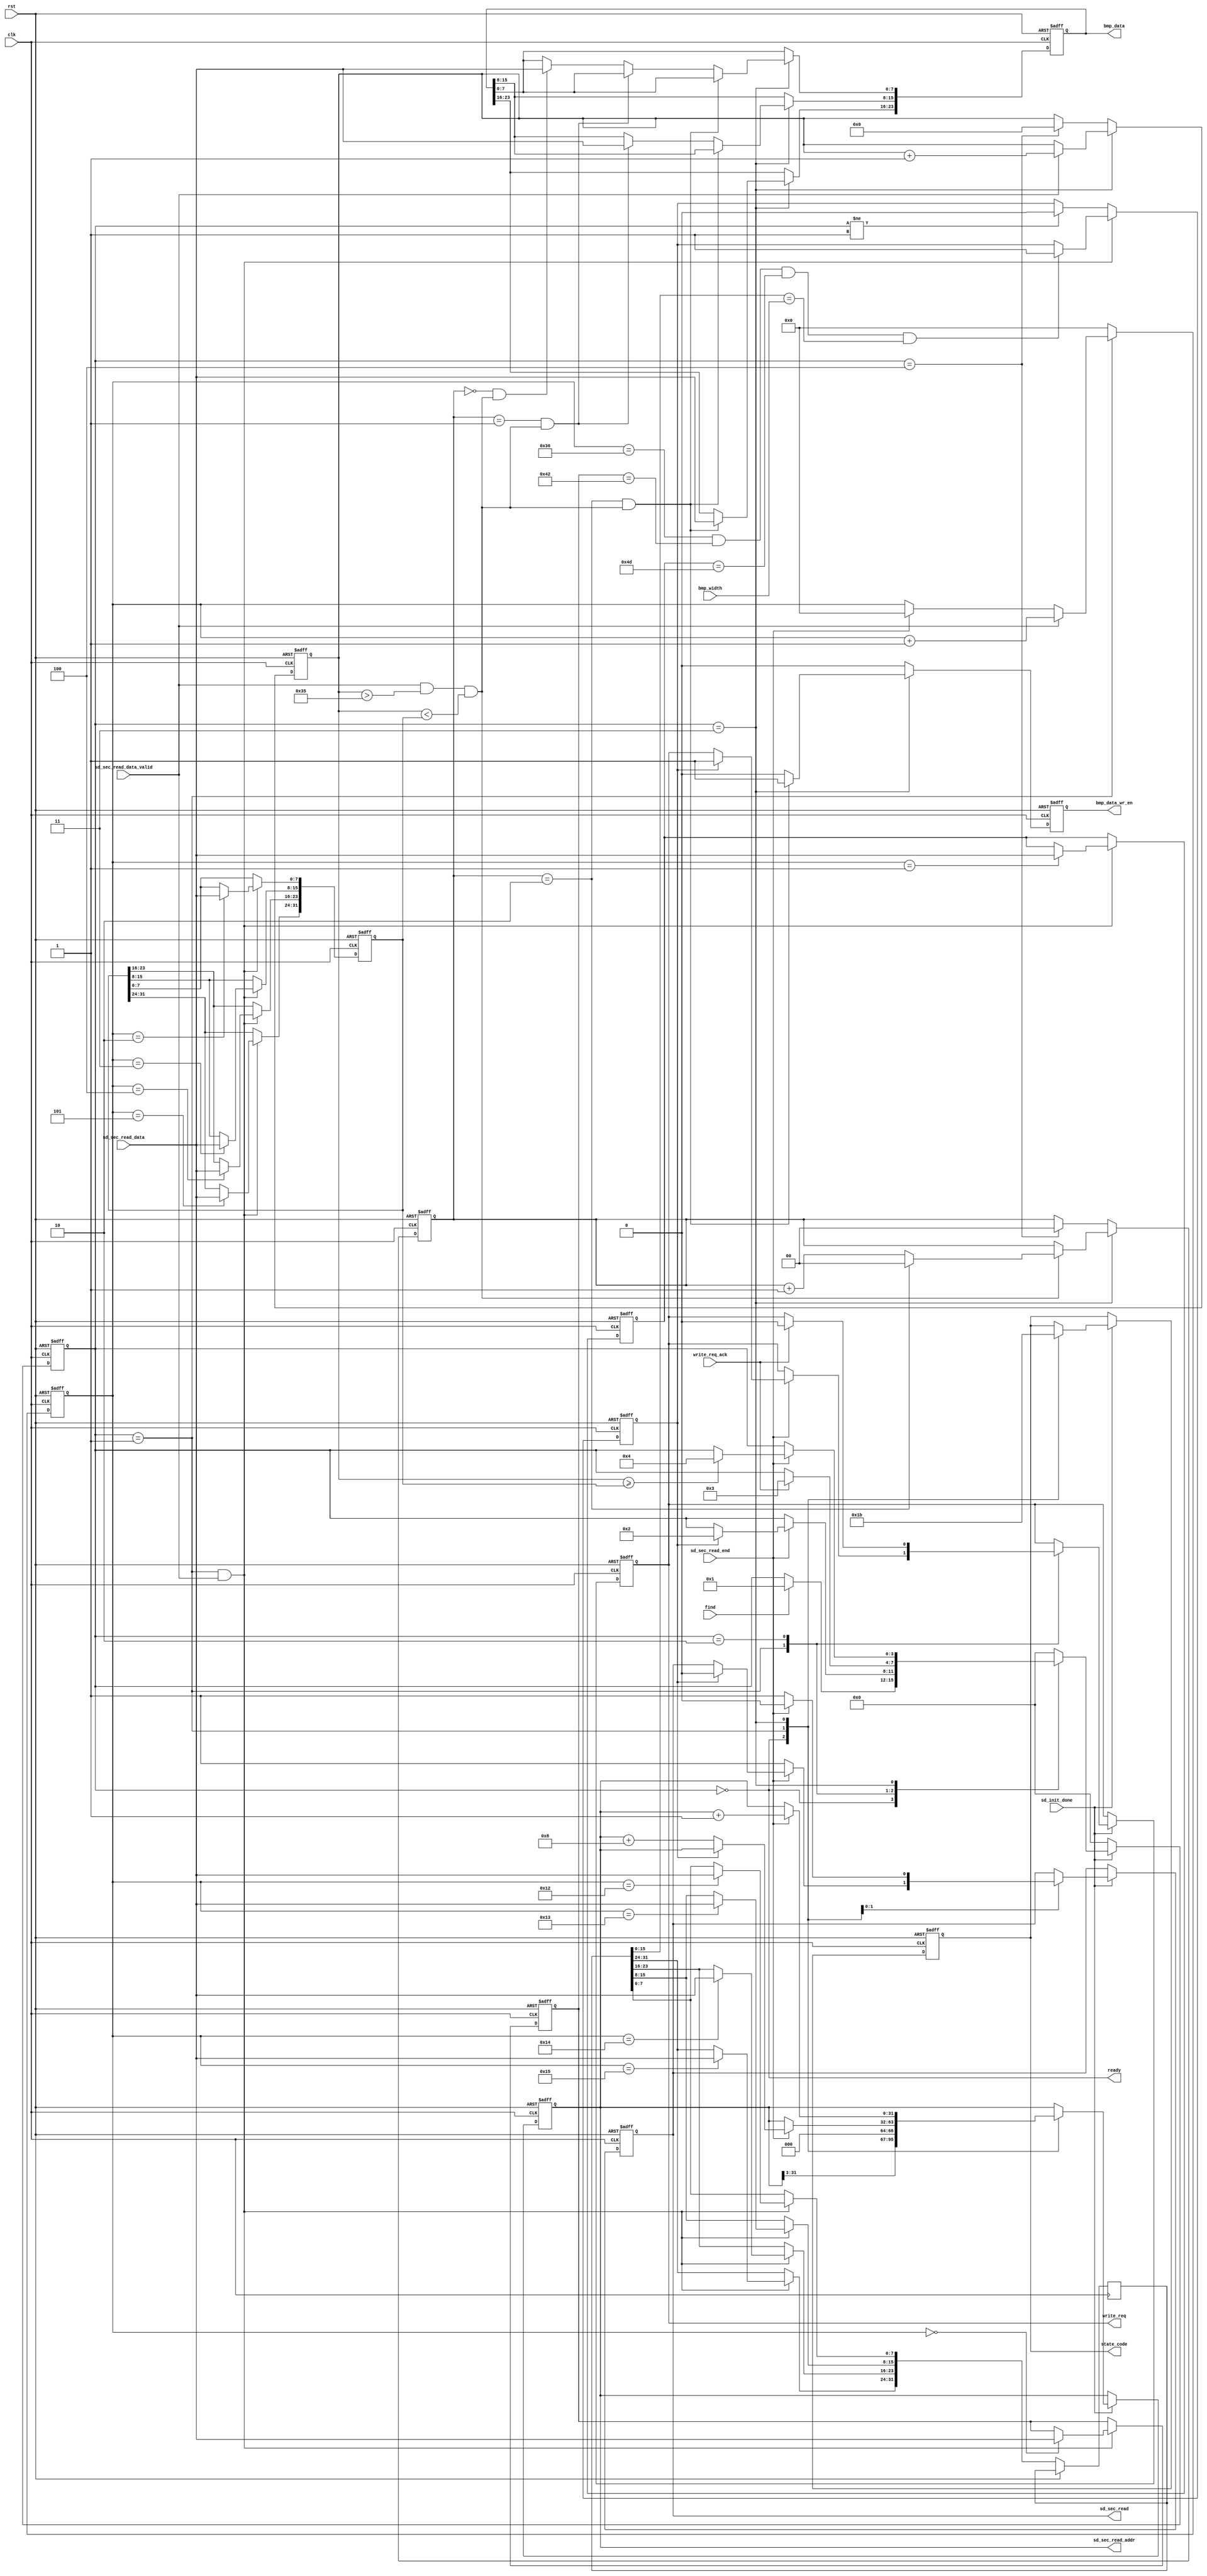
module bmp_read(
	input                       clk,
	input                       rst,
	output                      ready,
	input                       find,
	input                       sd_init_done,                //SD card initialization completed
	output reg[1:0]             state_code,                  //state indication coding,
															 // 0:SD card is initializing,
															 // 1:wait for the button to press
															 // 2:looking for the bmp file
															 // 3:reading
	input[15:0]                 bmp_width,                   //search the width of bmp
	output reg                  write_req,                   //start writing request
	input                       write_req_ack,               //write request response
	output reg                  sd_sec_read,                 //SD card sector read
	output reg[31:0]            sd_sec_read_addr,            //SD card sector read address
	input[7:0]                  sd_sec_read_data,            //SD card sector read data
	input                       sd_sec_read_data_valid,      //SD card sector read data valid
	input                       sd_sec_read_end,             //SD card sector read end
	output reg                  bmp_data_wr_en,              //bmp image data write enable
	output reg[23:0]            bmp_data                     //bmp image data
);
localparam S_IDLE         = 0;
localparam S_FIND         = 1;
localparam S_READ_WAIT    = 2;
localparam S_READ         = 3;
localparam S_END          = 4;

localparam HEADER_SIZE    = 54;

reg[3:0]         state;
reg[9:0]         rd_cnt;                     //sector read length counter
reg[7:0]         header_0;
reg[7:0]         header_1;
reg[31:0]        file_len;
reg[31:0]        width;
reg[31:0]        bmp_len_cnt;                //bmp file length counter
reg              found;
wire             bmp_data_valid;             //bmp image data valid
reg[1:0]         bmp_len_cnt_tmp;            //bmp RGB counter 0 1 2

//remove the first 54 bytes of the bmp
assign bmp_data_valid = (sd_sec_read_data_valid == 1'b1 && bmp_len_cnt > 32'd53 && bmp_len_cnt < file_len);
assign ready = (state == S_IDLE);
always@(posedge clk or posedge rst)
begin
	if(rst == 1'b1)
		rd_cnt <= 10'd0;
	else if(state == S_FIND)
	begin
		if(sd_sec_read_data_valid == 1'b1)
			rd_cnt <= rd_cnt + 10'd1;
		else if(sd_sec_read_end == 1'b1)
			rd_cnt <= 10'd0;
	end
	else
		rd_cnt <= 10'd0;
end

always@(posedge clk or posedge rst)
begin
	if(rst == 1'b1)
	begin
		header_0 <= 8'd0;
		header_1 <= 8'd0;
		file_len <= 32'd0;
		found <= 1'b0;
	end
	else if(state == S_FIND && sd_sec_read_data_valid == 1'b1)
	begin
		//file header
		if(rd_cnt == 10'd0)
			header_0 <= sd_sec_read_data;
		if(rd_cnt == 10'd1)
			header_1 <= sd_sec_read_data;
        //file length
		if(rd_cnt == 10'd2)
			file_len[7:0] <= sd_sec_read_data;
		if(rd_cnt == 10'd3)
			file_len[15:8] <= sd_sec_read_data;
		if(rd_cnt == 10'd4)
			file_len[23:16] <= sd_sec_read_data;
		if(rd_cnt == 10'd5)
			file_len[31:24] <= sd_sec_read_data;
        //image width
		if(rd_cnt == 10'd18)
			width[7:0] <= sd_sec_read_data;
		if(rd_cnt == 10'd19)
			width[15:8] <= sd_sec_read_data;
		if(rd_cnt == 10'd20)
			width[23:16] <= sd_sec_read_data;
		if(rd_cnt == 10'd21)
			width[31:24] <= sd_sec_read_data;
        //check the width of the image and file header  after the end of the file header
		if(rd_cnt == 10'd54 && header_0 == "B" && header_1 == "M" && width[15:0] == bmp_width)
			found <= 1'b1;
	end
	else if(state != S_FIND)
		found <= 1'b0;
end

//bmp file length counter
always@(posedge clk or posedge rst)
begin
	if(rst == 1'b1)
		bmp_len_cnt <= 32'd0;
	else if(state == S_READ)
	begin
		if(sd_sec_read_data_valid == 1'b1)
			bmp_len_cnt <= bmp_len_cnt + 32'd1;
	end
	else if(state == S_END)
		bmp_len_cnt <= 32'd0;
end
//bmp RGB counter
always@(posedge clk or posedge rst)
begin
	if(rst == 1'b1)
		bmp_len_cnt_tmp <= 2'd0;
	else if(state == S_READ)
	begin
		if(bmp_data_valid == 1'b1)
			bmp_len_cnt_tmp <= bmp_len_cnt_tmp == 2'd2 ? 2'd0 : bmp_len_cnt_tmp + 2'd1;
	end
	else if(state == S_END)
		bmp_len_cnt_tmp <= 2'd0;
end

always@(posedge clk or posedge rst)
begin
	if(rst == 1'b1)
	begin
		bmp_data_wr_en <= 1'b0;
		bmp_data <= 24'd0;
	end
	else if(state == S_READ)
	begin
		if(bmp_len_cnt_tmp == 2'd2 && bmp_data_valid == 1'b1)
		begin
			bmp_data_wr_en <= 1'b1;
			bmp_data[23:16] <= sd_sec_read_data;
		end
		else if(bmp_len_cnt_tmp == 2'd1 && bmp_data_valid == 1'b1)
		begin
			bmp_data_wr_en <= 1'b0;
			bmp_data[15:8] <= sd_sec_read_data;
		end
		else if(bmp_len_cnt_tmp == 2'd0 && bmp_data_valid == 1'b1)
		begin
			bmp_data_wr_en <= 1'b0;
			bmp_data[7:0] <= sd_sec_read_data;
		end
		else
			bmp_data_wr_en <= 1'b0;

	end
	else
		bmp_data_wr_en <= 1'b0;

end

always@(posedge clk or posedge rst)
begin
	if(rst == 1'b1)
	begin
		state <= S_IDLE;
		sd_sec_read <= 1'b0;
		sd_sec_read_addr <= 32'd32000;
		write_req <= 1'b0;
		state_code <= 2'd0;
	end
	else if(sd_init_done == 1'b0)
	begin
		state <= S_IDLE;
	end
	else
		case(state)
			S_IDLE:
			begin
				state_code <= 2'd1;
				if(find == 1'b1)
					state <= S_FIND;
				sd_sec_read_addr <= {sd_sec_read_addr[31:3],3'd0};//address 8 aligned
			end
			S_FIND:
			begin
				state_code <= 2'd2;
				if(sd_sec_read_end == 1'b1)
				begin
					if(found == 1'b1)
					begin
						state <= S_READ_WAIT;
						sd_sec_read <= 1'b0;
						write_req <= 1'b1;//start writing data
					end
					else
					begin
						//search every 8 sectors(4K)
						sd_sec_read_addr <= sd_sec_read_addr + 32'd8;
					end
				end
				else
				begin
					sd_sec_read <= 1'b1;
				end
			end
			S_READ_WAIT:
			begin
				if(write_req_ack == 1'b1)//write data response
				begin
					state <= S_READ;//read SD card data
					write_req <= 1'b0;
				end
			end
			S_READ:
			begin
				state_code <= 2'd3;
				if(sd_sec_read_end == 1'b1)
				begin
					sd_sec_read_addr <= sd_sec_read_addr + 32'd1;
					sd_sec_read <= 1'b0;
					if(bmp_len_cnt >= file_len)
					begin
						state <= S_END;
						sd_sec_read <= 1'b0;
					end
				end
				else
				begin
					sd_sec_read <= 1'b1;
				end
			end
			S_END:
				state <= S_IDLE;
			default:
				state <= S_IDLE;
		endcase
end
endmodule